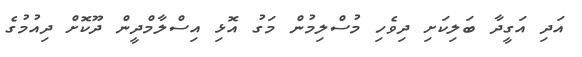
އަދި އަގީދާ ބަލިކަށި ދިވެހި މުސްލިމުން މަގު އޮޅި އިސްލާމްދީން ދޫކޮށް ދިއުމުގެ